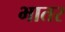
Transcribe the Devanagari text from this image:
भातर